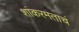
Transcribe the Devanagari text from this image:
शांकरमताचं